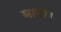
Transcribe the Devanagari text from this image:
माया।